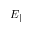
E _ { \parallel }